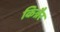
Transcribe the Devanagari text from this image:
किन्नैर